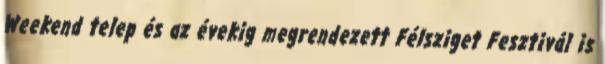
Weekend telep és az évekig megrendezett Félsziget Fesztivál is